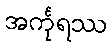
အင်္ကုရဿ